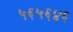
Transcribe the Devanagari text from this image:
५६५६४६